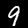
Label: 9